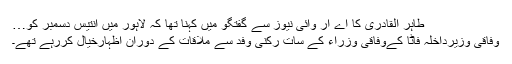
طاہر القادری کا اے آر وائی نیوز سے گفتگو میں کہنا تھا کہ لاہور میں انتیس دسمبر کو…
وفاقی وزیرداخلہ فاٹا کےوفاقی وزراء کے سات رکنی وفد سے ملاقات کے دوران اظہارخیال کررہے تھے۔